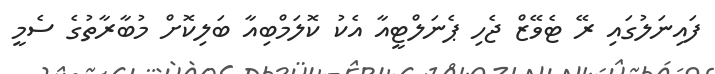
ފައިނަލުގައި ރޭ ޓެވޭޒް ޖެހި ޕެނަލްޓީއާ އެކު ކޮލަމްބިއާ ބަލިކޮށް މުބާރާތުގެ ސެމީ